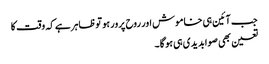
جب آئین ہی خاموش اور روح پرور ہو توظاہرہے کہ وقت کا
تعین بھی صوابدیدی ہی ہو گا ۔